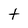
Character: t